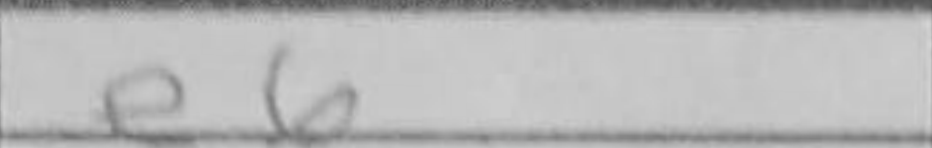
Transcription: e6